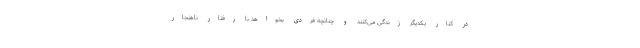
در کنار یکدیگر زندگی می‌کنند و چنانچه فردی بخواهد با رفتار ناهنجار